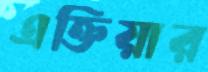
এক্তিয়ার